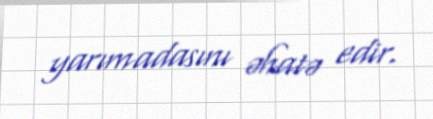
yarımadasını əhatə edir.